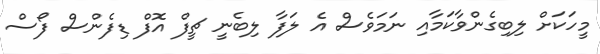
މީހަކަށް ލިބިގެންވާކަމާއި ނަމަވެސް އެ ލަފާ ލިބެނީ ޗީފް އޮފް ޑިފެންސް ފޯސް